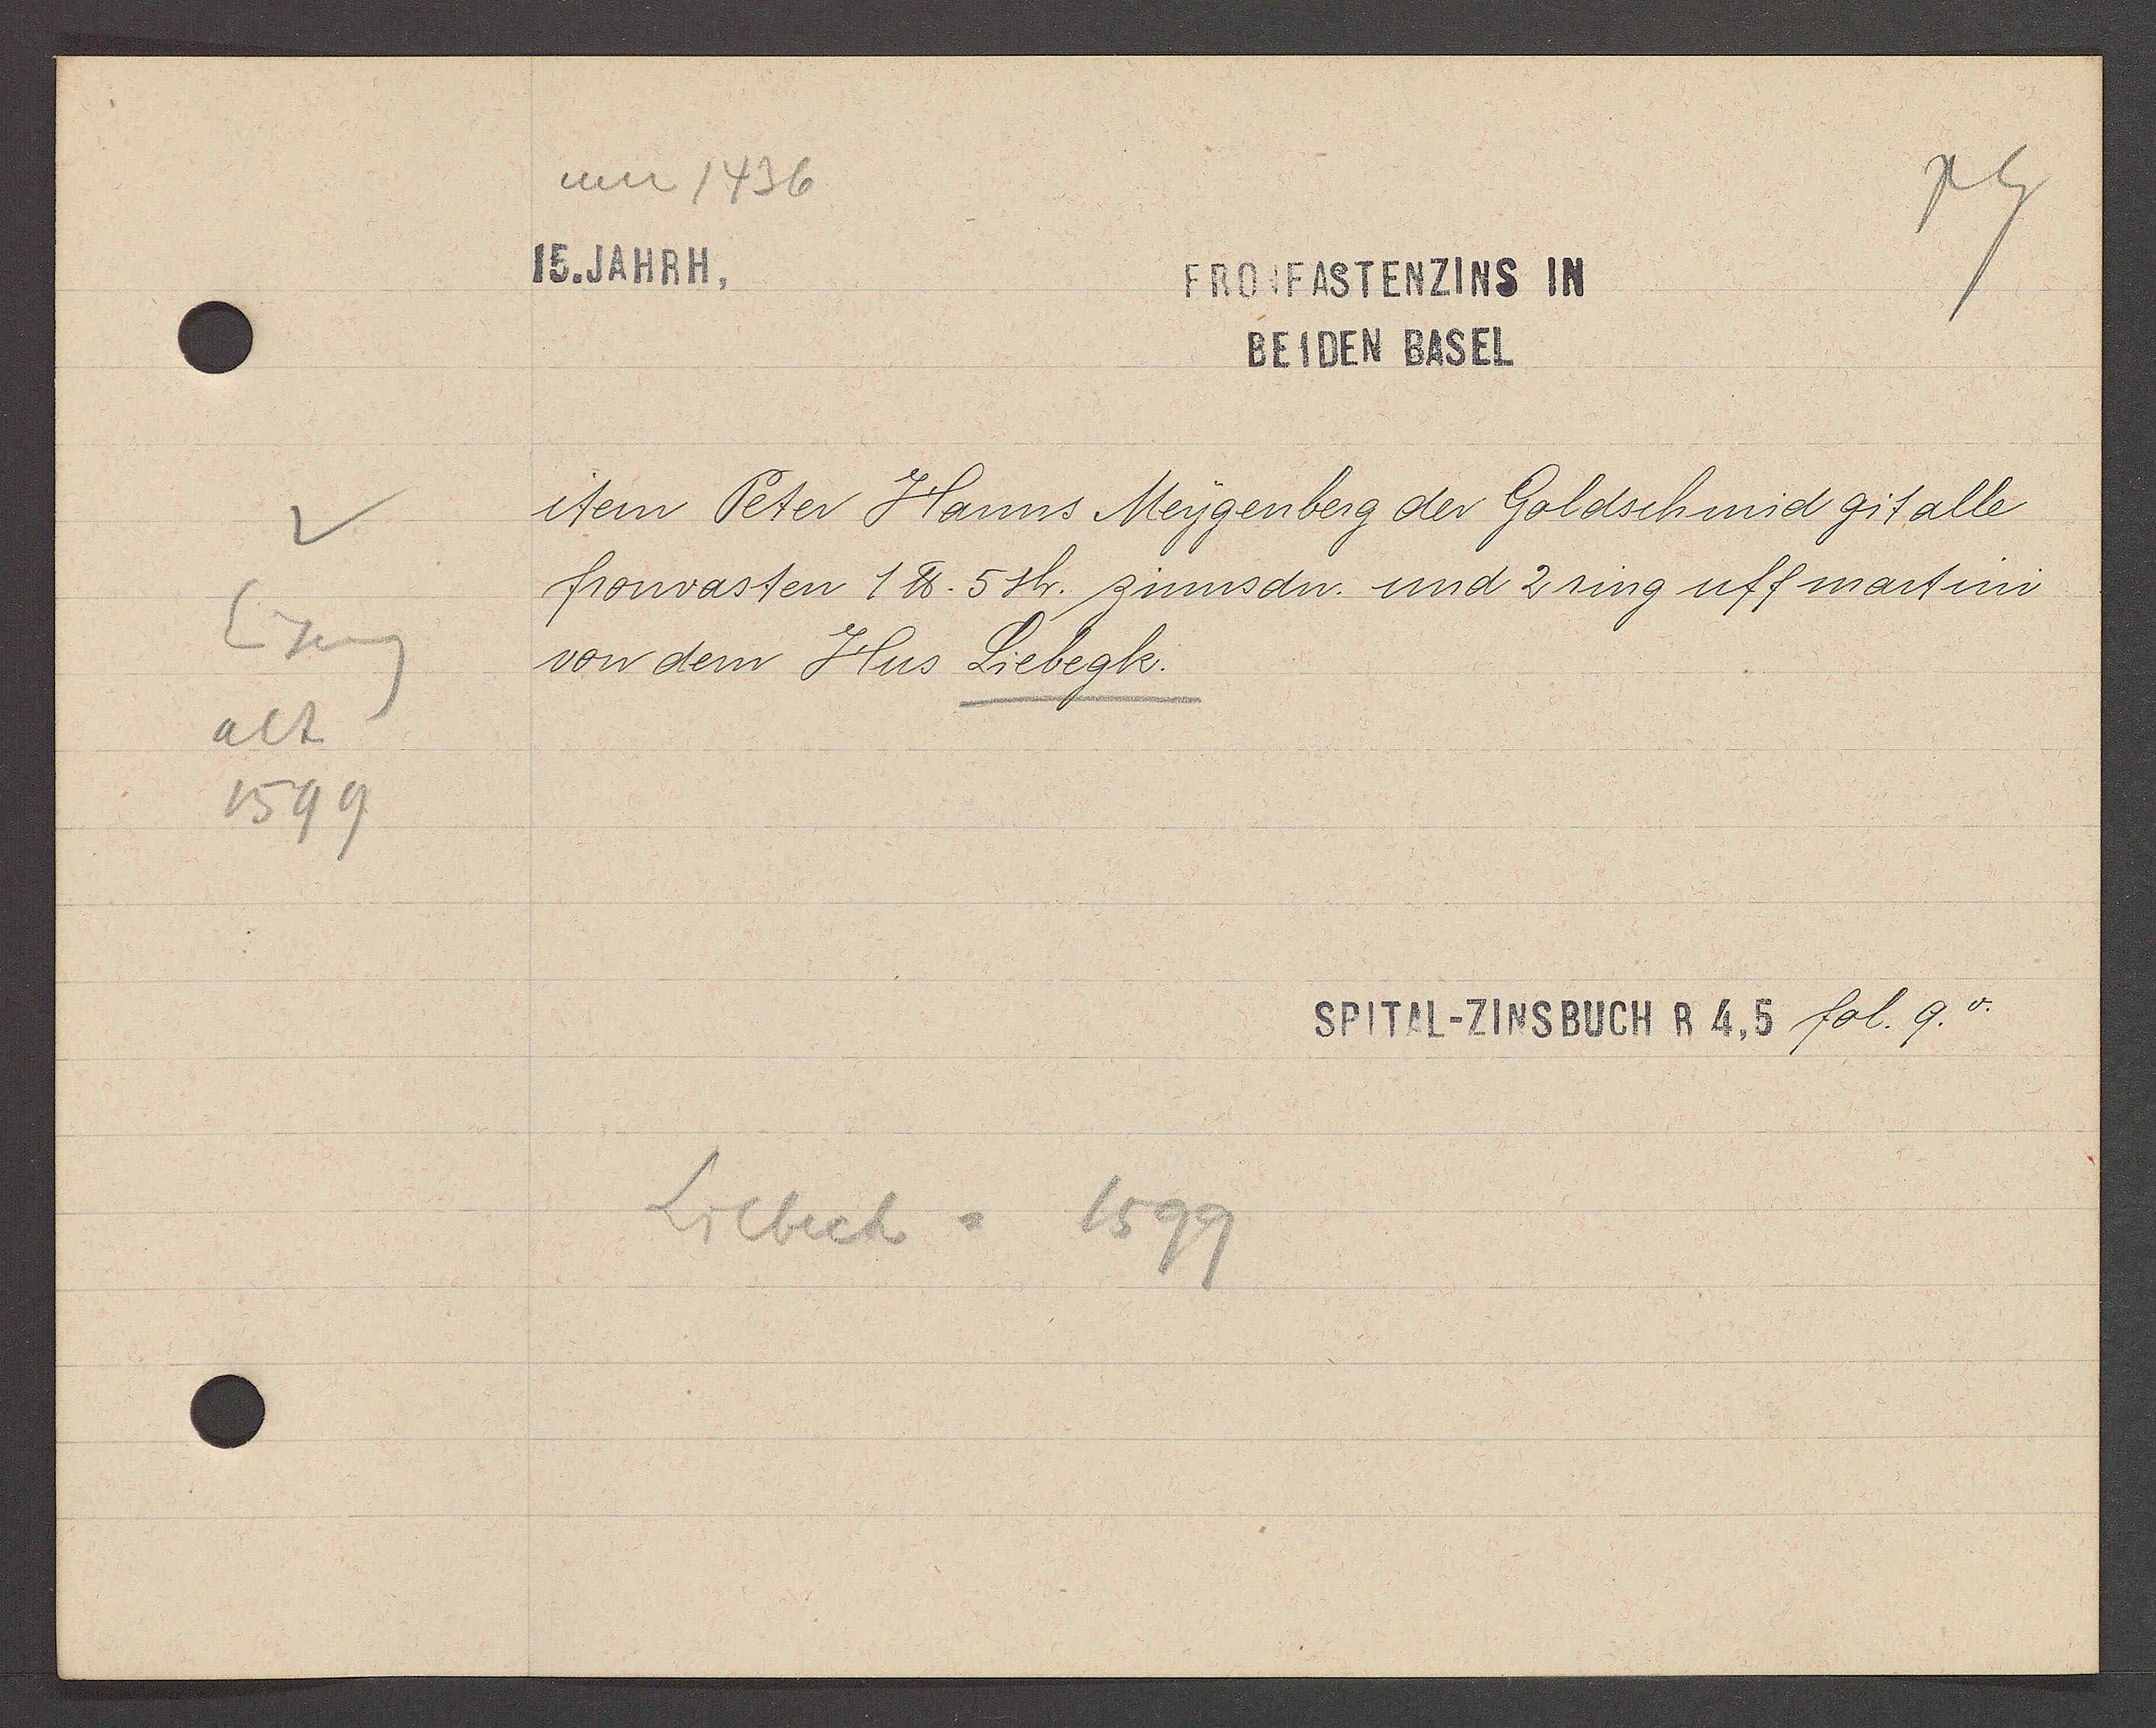
Transcript:
Eiseng
alt
1599

um 1436
15. JAHRH.

FRONFASTENZINS IN
BEIDEN BASEL

item Peter Hanns Meygenberg der Goldschmid git alle
fronvasten 1 ℔. 5 sh. zinsdn. und 2 ring uff martini
von dem Hus Liebegk.

Liebeck = 1599

SPITAL-ZINSBUCH R 4, 5 fol. 9.